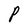
Character: P